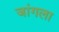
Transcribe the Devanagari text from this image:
जांगला